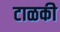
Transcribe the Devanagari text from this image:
टाळकी